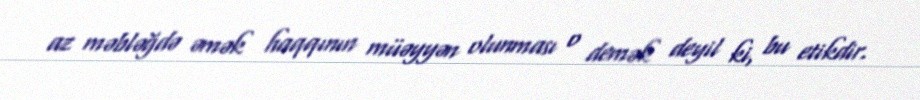
az məbləğdə əmək haqqının müəyyən olunması o demək deyil ki, bu etikdir.